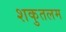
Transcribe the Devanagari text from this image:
शकुतलम